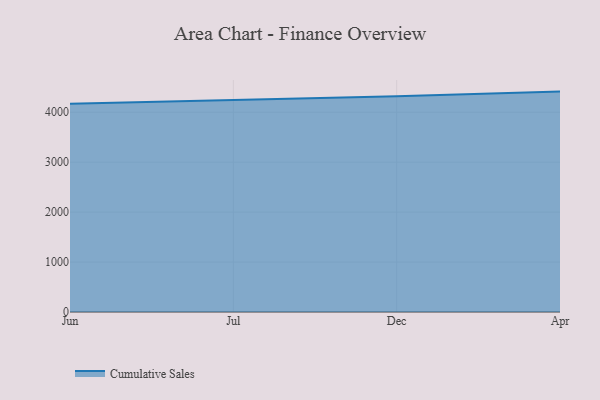
{"axis": {"x": "Month", "y": "Latency (ms)"}, "legend": ["Cumulative Sales"], "data": [{"x": "Jun", "y": 4170.0, "type": "Cumulative Sales"}, {"x": "Jul", "y": 4245.3, "type": "Cumulative Sales"}, {"x": "Dec", "y": 4319.6, "type": "Cumulative Sales"}, {"x": "Apr", "y": 4412.8, "type": "Cumulative Sales"}]}